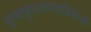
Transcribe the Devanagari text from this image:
नृत्यकुशलनायिकेची